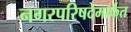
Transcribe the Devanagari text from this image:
नगरपरिषदेमार्फत